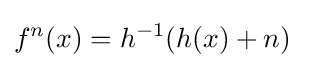
f^{n}(x)=h^{-1}(h(x)+n)~